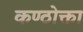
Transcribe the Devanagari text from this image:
कण्ठोक्ता